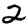
Digit: 2